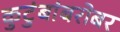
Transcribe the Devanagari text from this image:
कुटुंबांबरोबर